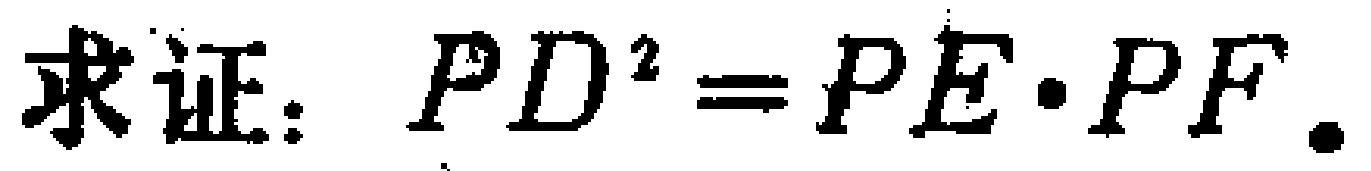
求证：\(PD^{2}=PE\cdot PF\)。